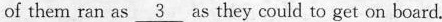
of them ran as \underline{3} as they could to get on